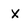
Character: X